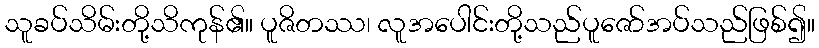
သူခပ်သိမ်းတို့သိကုန်၏။ ပူဇိတဿ၊ လူအပေါင်းတို့သည်ပူဇော်အပ်သည်ဖြစ်၍။